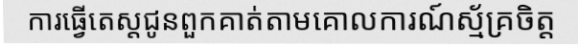
ការធ្វើតេស្តជូនពួកគាត់តាមគោលការណ៍ស្ម័គ្រចិត្ត